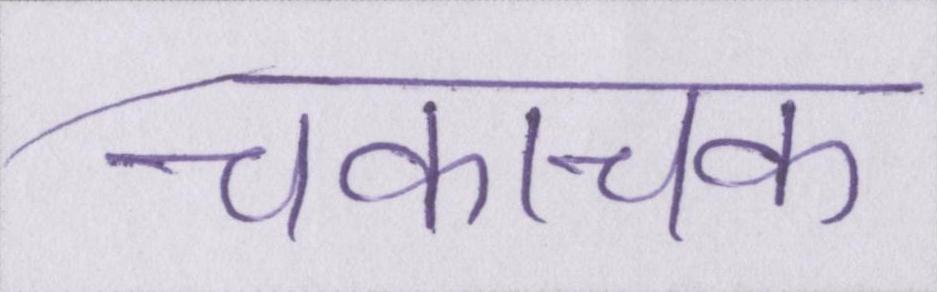
चकाचक